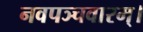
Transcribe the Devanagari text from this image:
नवपञ्चवारम्।